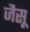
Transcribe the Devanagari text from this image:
जैसू